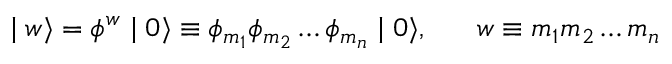
\mid w \rangle = \phi ^ { w } \mid 0 \rangle \equiv \phi _ { m _ { 1 } } \phi _ { m _ { 2 } } \ldots \phi _ { m _ { n } } \mid 0 \rangle , \; \; \; \; \; \; w \equiv m _ { 1 } m _ { 2 } \ldots m _ { n }